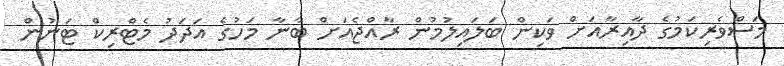
މަސްވެރިކަމުގެ ދާއިރާއަށް ވަކިން ބަލައިލުމުން ރާއްޖެއަށް ބާނާ މަހުގެ އަދަދު މެޓްރިކް ޓަނުން